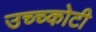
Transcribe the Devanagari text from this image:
उच्च्कोटी